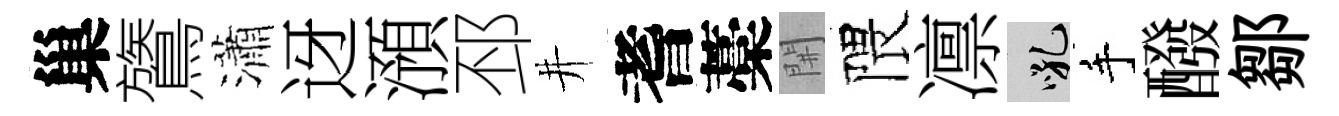
巢鷟瀟迓澦邳井耆藁𨳩隈凛吼手醱鄒